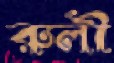
রুলী